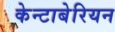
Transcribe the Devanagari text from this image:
केन्टाबेरियन